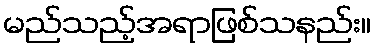
မည်သည့်အရာဖြစ်သနည်း။